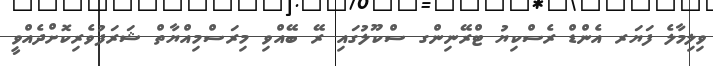
ވިލިމާލެ ފަޔަރ އެންޑް ރެސްކިޔު ޓްރޭނިންގ ސްކޫލުގައި ރޭ ބޭއްވި މިރަސްމިއްޔާތް ޝަރަފުވެރިކޮށްދެއްވީ